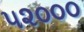
૫૨૦૦૦